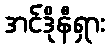
အင်ဒိုနီရှား